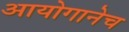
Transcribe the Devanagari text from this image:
आयोगानेच